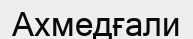
Ахмедғали